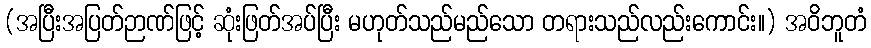
(အပြီးအပြတ်ဉာဏ်ဖြင့် ဆုံးဖြတ်အပ်ပြီး မဟုတ်သည်မည်သော တရားသည်လည်းကောင်း။) အဝိဘူတံ